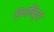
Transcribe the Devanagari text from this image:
निजबिरुदा